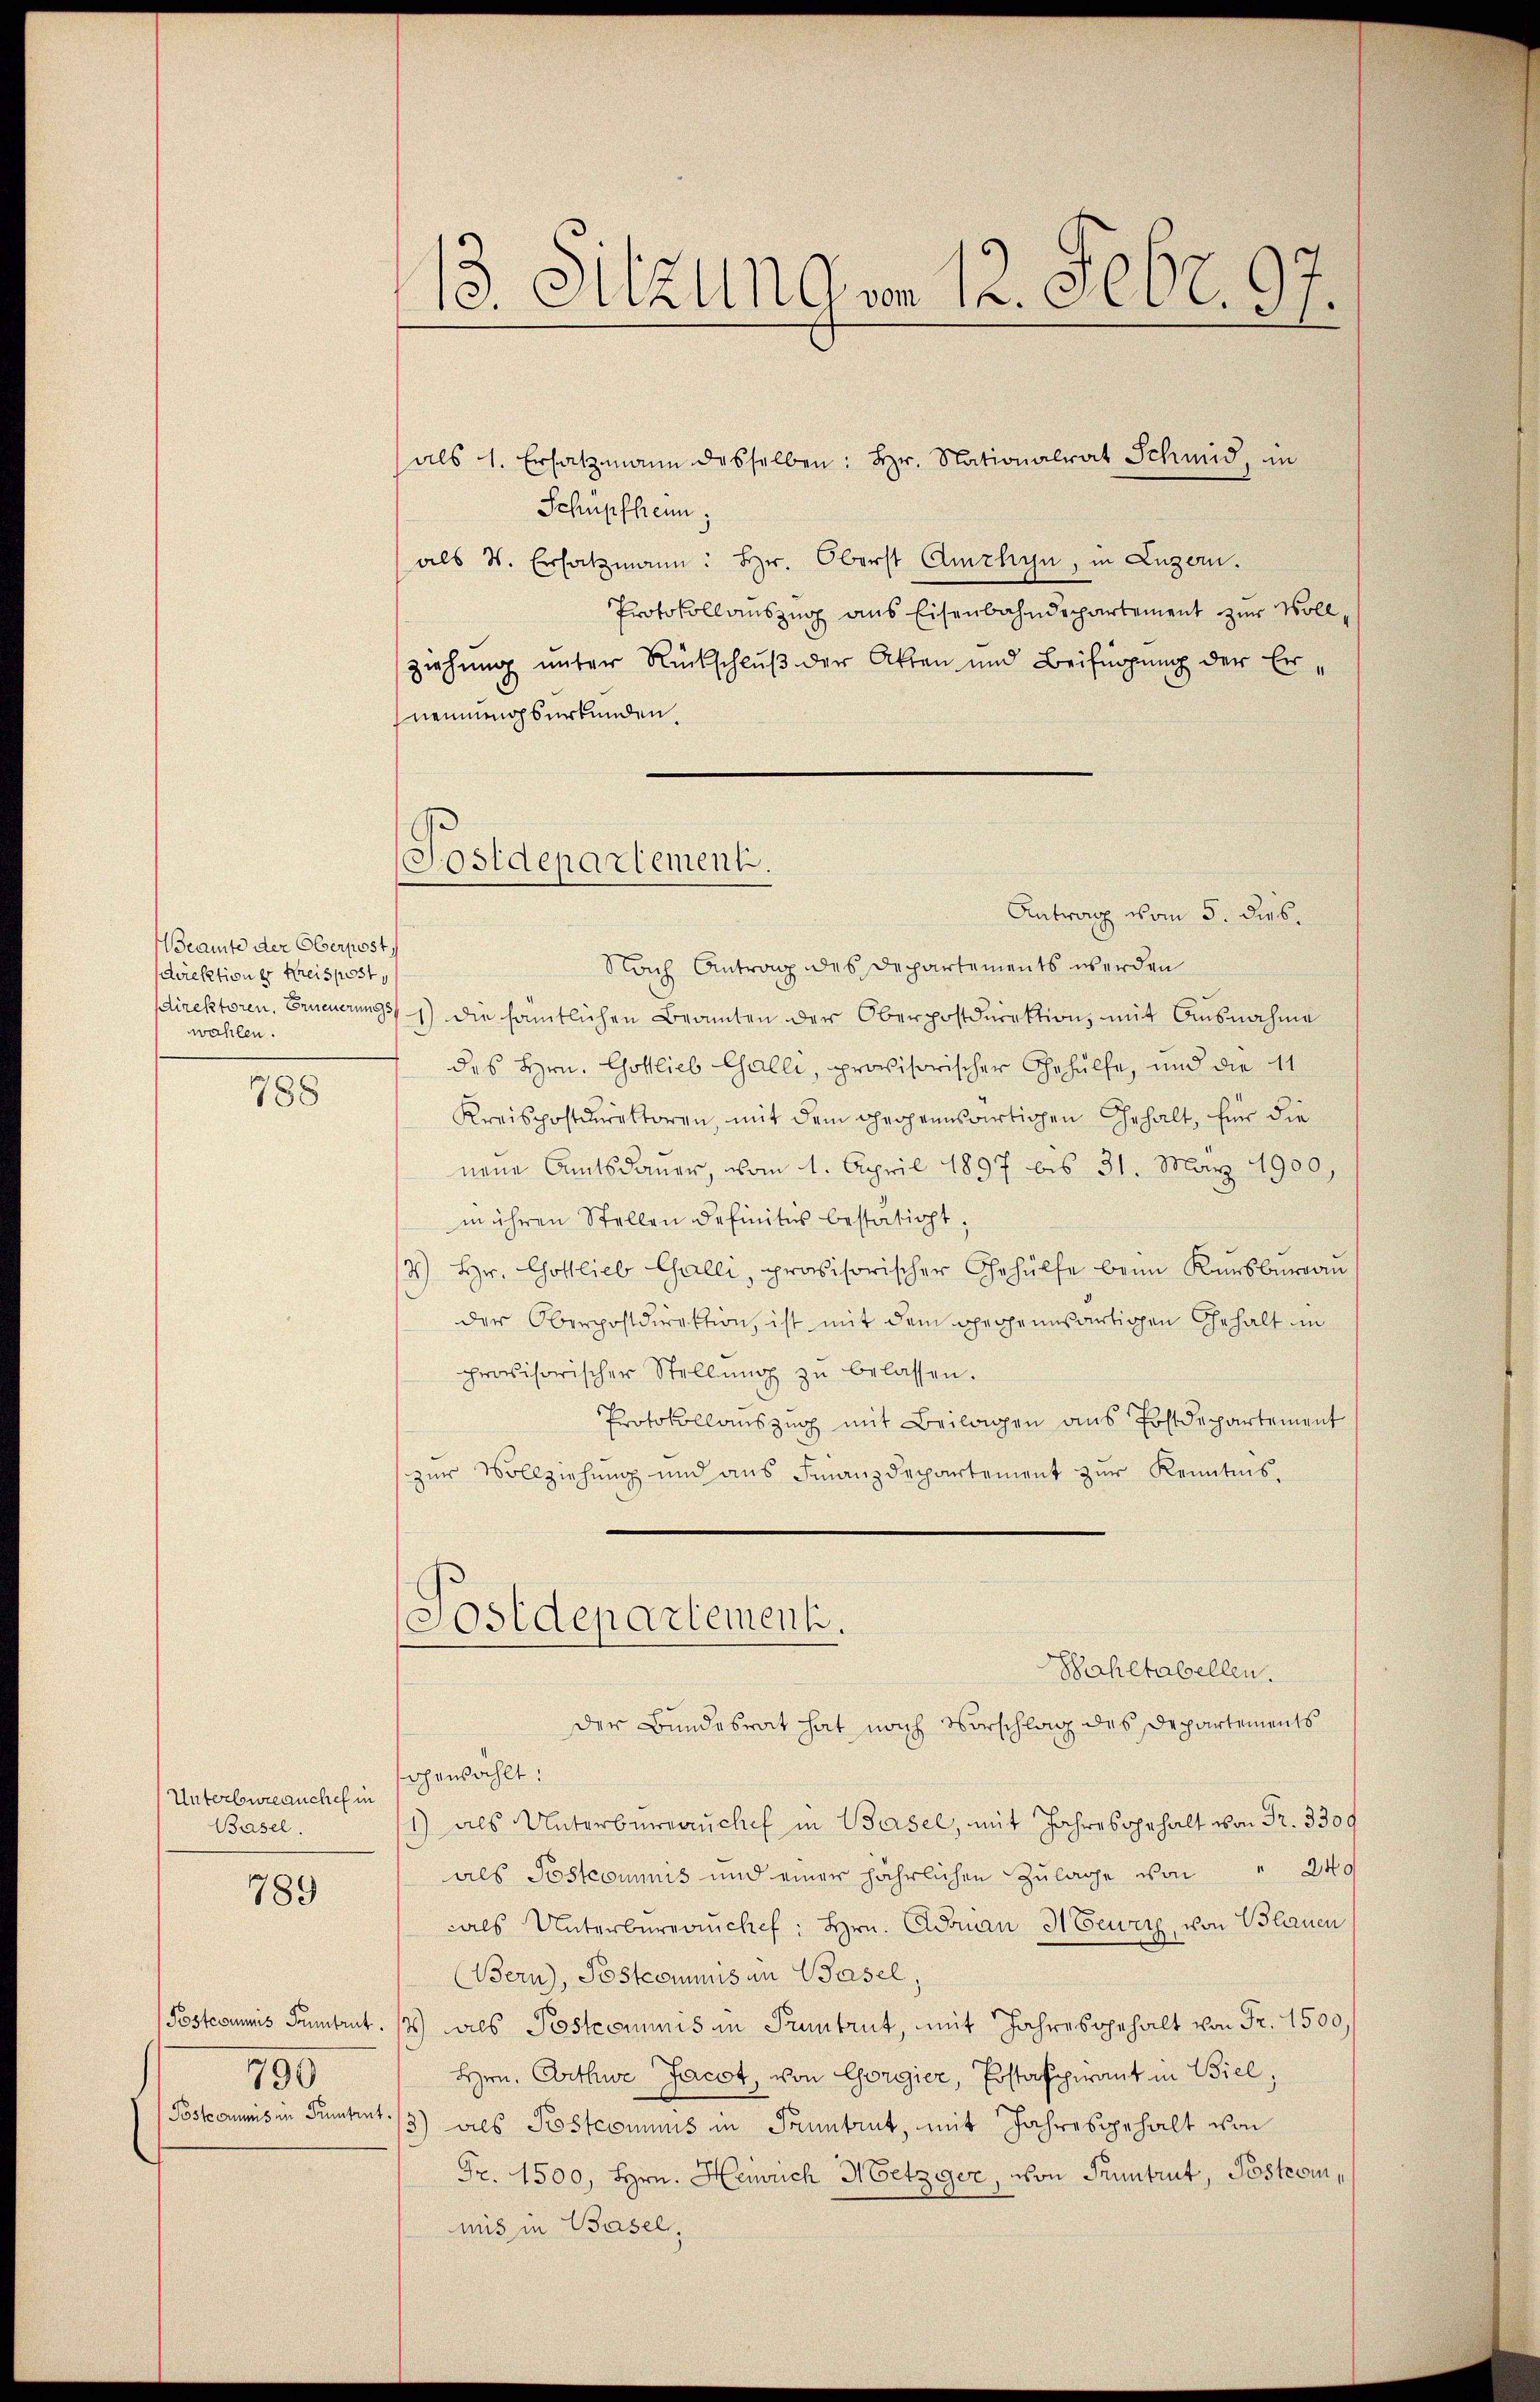
Beamte der Oberpost.
direktion er Kreispost
wahlen.

788

Unterbureauchel in
Basel.

789

Postcommis Pruntrut.
790

13. Sitzungen 12. 9000. 97.

(Postdepartement.

als 1. Ersatzmann desselben: Hr. Nationalrat Schmid, in
Schüpfheim,
als V. Ersatzmann: hr. Oberst Amrhyn, in Luzern.
Protokollauszug aus Eisenbahndepartement zur Vollziehung unter Rückschluß der Akten und Beifügung der Ernennungsurkunden.
Antrag vom 5. dies.
Nach Antrag des Departements werden
direktoren. Erneuerung 1) die sämtlichen Beamten der Oberpostdirektion, mit Ausnahme
des Hrn. Gottlieb Galli, provisorischer Gehülfe, und die 11
Kreispostirektoren, mit dem gegenwärtigen Gehalt, für die
neue Amtsdauer, vom 1. April 1897 bis 31. März 1900,
in ihren Stellen definitis bestätigt,
4) Hr. Gottlieb Galli, provisorischer Gehülfe beim Kursburgau
der Oberpostdirektion, ist mit dem gegenwärtigen Gehalt in
provisorischer Stellŭng zŭ belassen.
Protokollauszug mit Beilagen ans Postdepartement
zŭr Vollziehŭng und aŭs Finanzdepartement zŭr Kenntnis.
Sostdepartement.
Bahltabellen.
Der Bundesrat hat nach Vorschlag des Departements
ohenzählt:
1) als Unterbüreaŭche in Basel, mit Jahreshalt v.
als Postcommnis und einer jährlichen Zulage von " 240
als Unterbüreaŭchef: Hrn. Adrian HEeurig, von Blauen
(Bern), Postcommis in Basel,
) als Postcommis in Pruntrut, mit Jahresgehalt von Fr. 1500.
Hrn. Arthwe Jacot, von Gorgier, Postaspirant in Biel,
Postcommis in Sumtent./3) dies Postcommis in Pruntrut, mit Jahresgehalt von
Fr. 1500, Hrn. Heinrich Metzger, von Pruntrut, Postrommit in Basel,